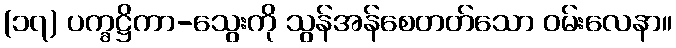
(၁၇) ပက္ခဋ္ဌိကာ-သွေးကို သွန်အန်စေတတ်သော ဝမ်းလေနာ။